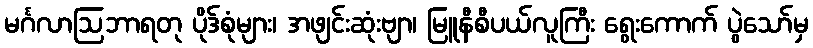
မင်္ဂလာဩဘာရတု ပိုဒ်စုံများ၊ အဖျင်းဆုံးဗျာ၊ မြူနီစီပယ်လူကြီး ရွေးကောက် ပွဲသော်မှ